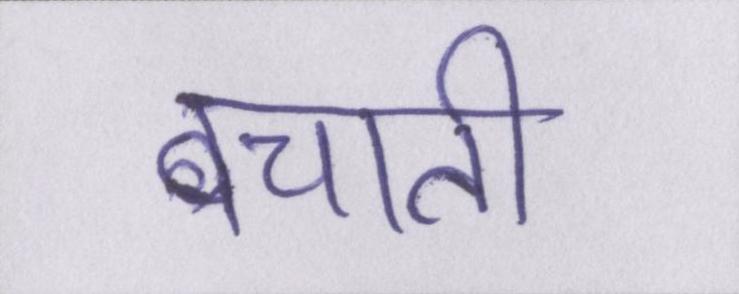
बचाती